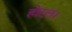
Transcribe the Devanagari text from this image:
होटल।